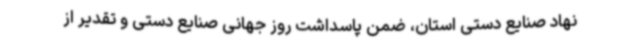
نهاد صنایع دستی استان، ضمن پاسداشت روز جهانی صنایع دستی و تقدیر از